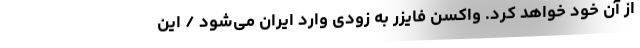
از آنِ خود خواهد کرد. واکسن فایزر به زودی وارد ایران می‌شود / اين